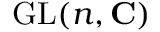
\operatorname { G L } ( n , \mathbf { C } )